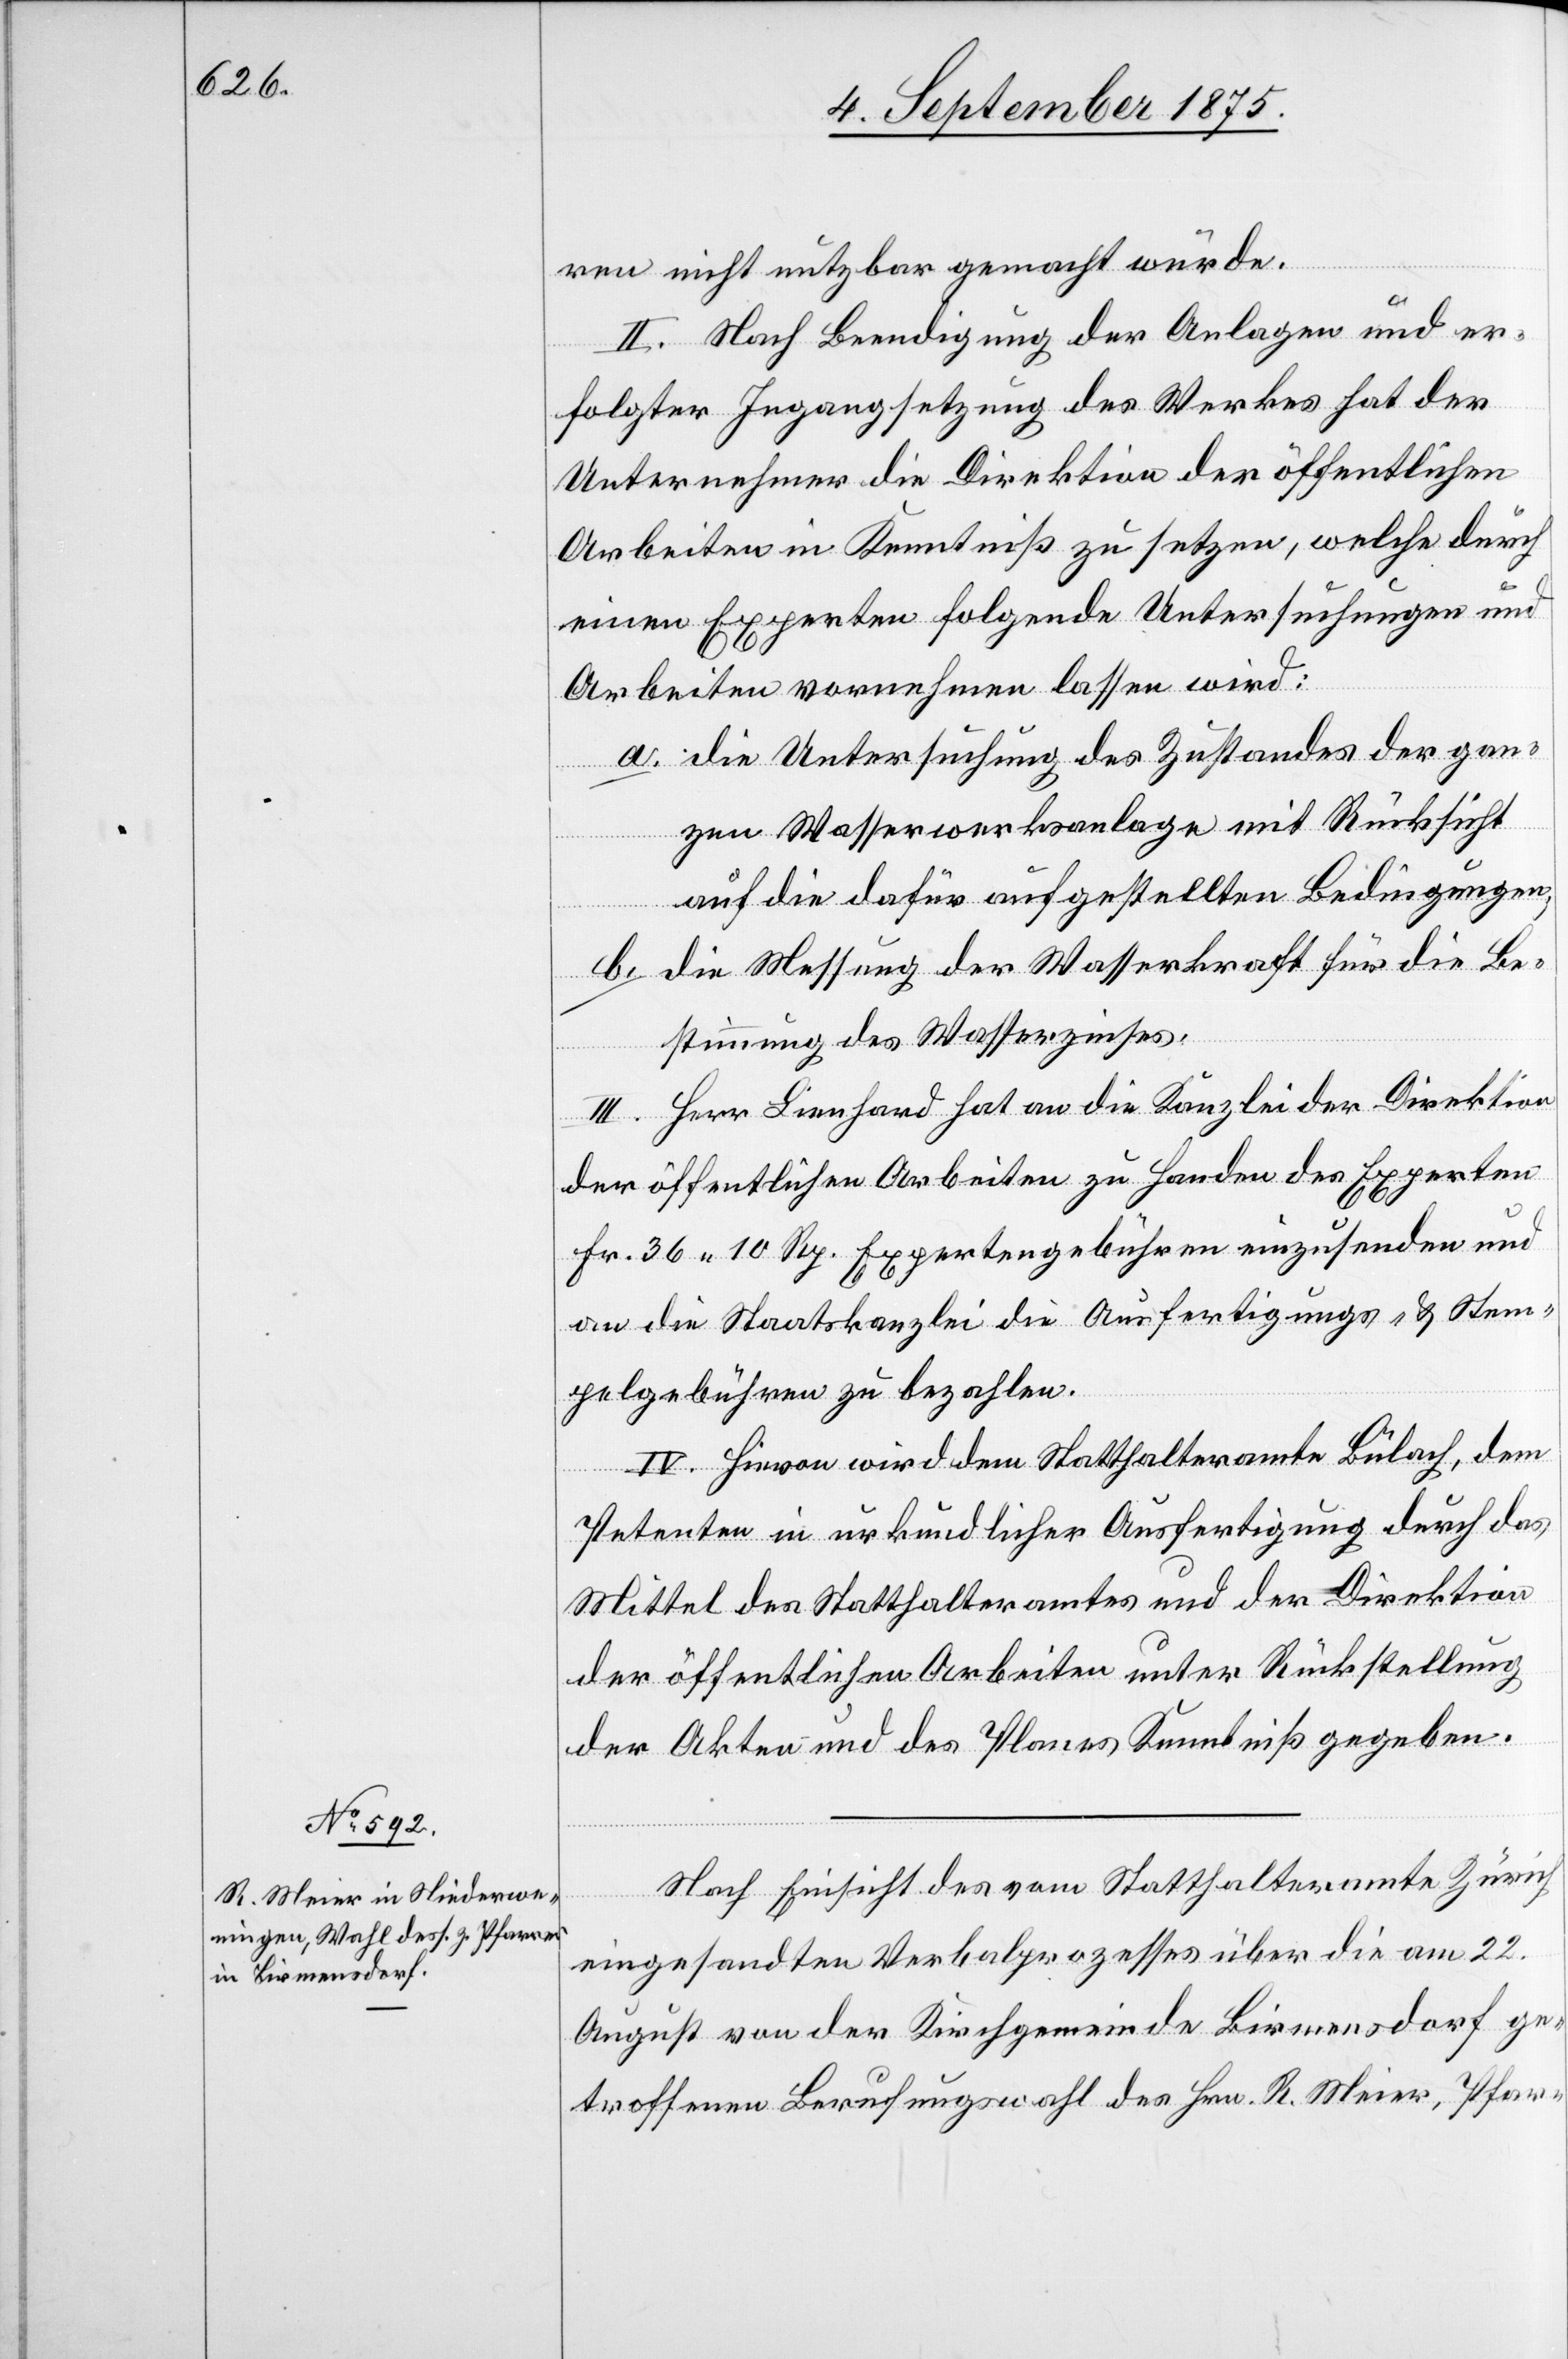
ren nicht nutzbar gemacht wurde.
II. Nach Beendigung der Anlagen und er¬
folgter Ingangsetzung des Werkes hat der
Unternehmer die Direktion der öffentlichen
Arbeiten in Kenntniß zu setzen, welche durch
einen Experten folgende Untersuchungen und
Arbeiten vornehmen lassen wird:
a. die Untersuchung des Zustandes der gan¬
zen Wasserwerksanlage mit Rücksicht
auf die dafür aufgestellten Bedingungen;
b. die Messung der Wasserkraft für die Be¬
stimmung des Wasserzinses.
III. Herr Lienhard hat an die Kanzlei der Direktion
der öffentlichen Arbeiten zu Handen des Experten
Fr. 36 10 Rp. Expertengebühren einzusenden und
an die Staatskanzlei die Ausfertigungs- & Stem¬
pelgebühren zu bezahlen.
IV. Hievon wird dem Statthalteramte Bülach, dem
Petenten in urkundlicher Ausfertigung durch das
Mittel des Statthalteramtes und der Direktion
der öffentlichen Arbeiten unter Rückstellung
der Akten und des Planes Kenntniß gegeben.
Nach Einsicht des vom Statthalteramte Zürich
eingesandten Verbalprozesses über die am 22.
August von der Kirchgemeinde Birmensdorf ge¬
troffenen Berufungswahl des Hrn. R. Meier, Pfar-